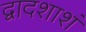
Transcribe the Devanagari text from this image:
द्वादशाशं